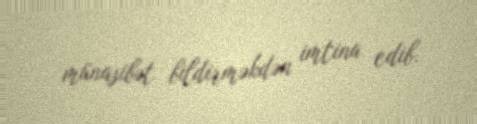
münasibət bildirməkdən imtina edib.